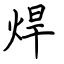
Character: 焊